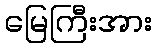
မြေကြီးအား